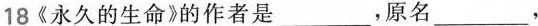
18《永久的生命》的作者是___，原名___，